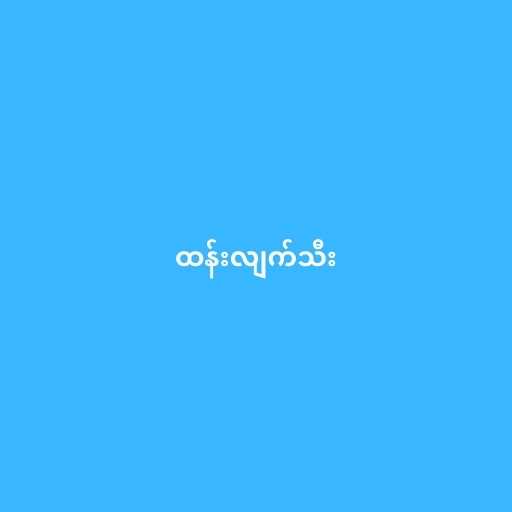
ထန်းလျက်သီး